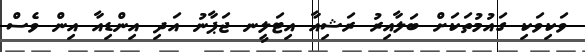
ވަކިވަކި ގައުމުތަކަށް ބަލާއިރު ރަޝިއާ އިޓަލީނ ޖަޕާނު އަދި އިންޑިއާ އިން ވެސް